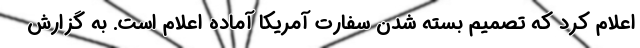
اعلام کرد که تصمیم بسته شدن سفارت آمریکا آماده اعلام است. به گزارش